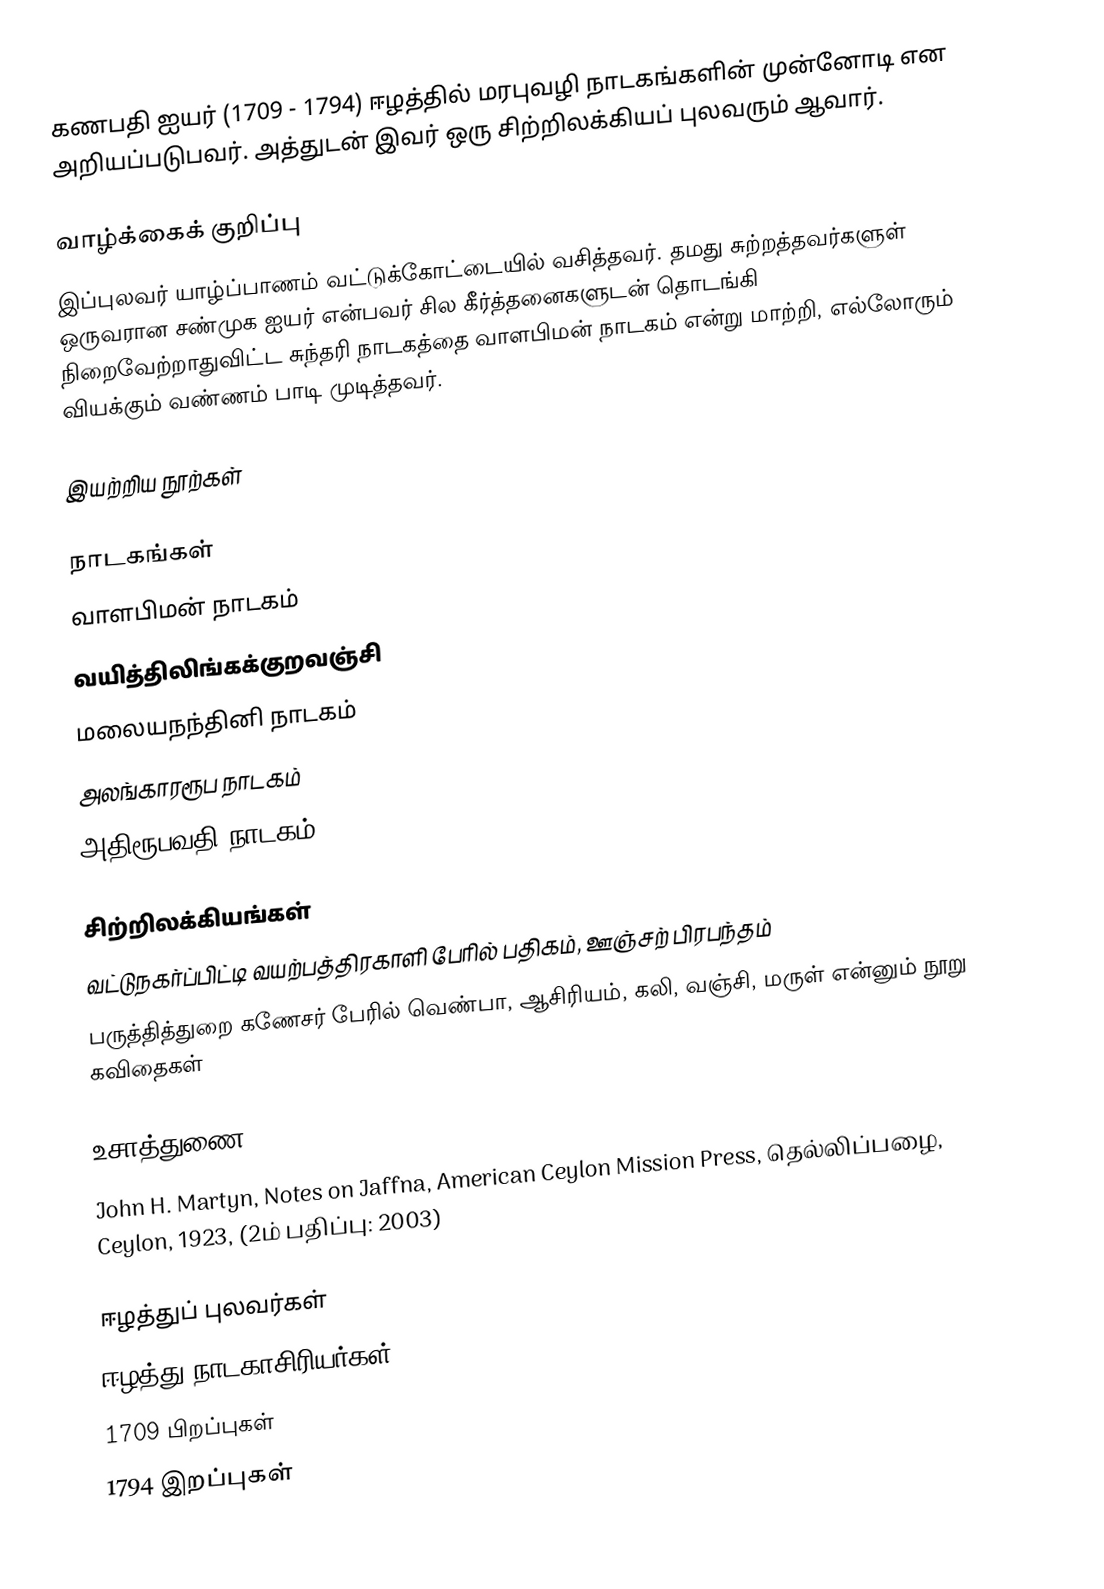
கணபதி ஐயர் (1709 - 1794) ஈழத்தில் மரபுவழி நாடகங்களின் முன்னோடி என அறியப்படுபவர். அத்துடன் இவர் ஒரு சிற்றிலக்கியப் புலவரும் ஆவார்.

வாழ்க்கைக் குறிப்பு
இப்புலவர் யாழ்ப்பாணம் வட்டுக்கோட்டையில் வசித்தவர். தமது சுற்றத்தவர்களுள் ஒருவரான சண்முக ஐயர் என்பவர் சில கீர்த்தனைகளுடன் தொடங்கி நிறைவேற்றாதுவிட்ட சுந்தரி நாடகத்தை வாளபிமன் நாடகம் என்று மாற்றி, எல்லோரும் வியக்கும் வண்ணம் பாடி முடித்தவர்.

இயற்றிய நூற்கள்

நாடகங்கள்
 வாளபிமன் நாடகம்
 வயித்திலிங்கக்குறவஞ்சி
 மலையநந்தினி நாடகம்
 அலங்காரரூப நாடகம்
 அதிரூபவதி நாடகம்

சிற்றிலக்கியங்கள்
 வட்டுநகர்ப்பிட்டி வயற்பத்திரகாளி பேரில் பதிகம், ஊஞ்சற் பிரபந்தம்
 பருத்தித்துறை கணேசர் பேரில் வெண்பா, ஆசிரியம், கலி, வஞ்சி, மருள் என்னும் நூறு கவிதைகள்

உசாத்துணை
 John H. Martyn, Notes on Jaffna, American Ceylon Mission Press, தெல்லிப்பழை, Ceylon, 1923, (2ம் பதிப்பு: 2003)

ஈழத்துப் புலவர்கள்
ஈழத்து நாடகாசிரியர்கள்
1709 பிறப்புகள்
1794 இறப்புகள்